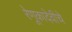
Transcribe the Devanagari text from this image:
रेणूकादेवीचे